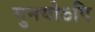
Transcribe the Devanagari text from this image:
मुनयोऽपि